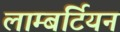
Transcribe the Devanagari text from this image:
लाम्बर्टियन